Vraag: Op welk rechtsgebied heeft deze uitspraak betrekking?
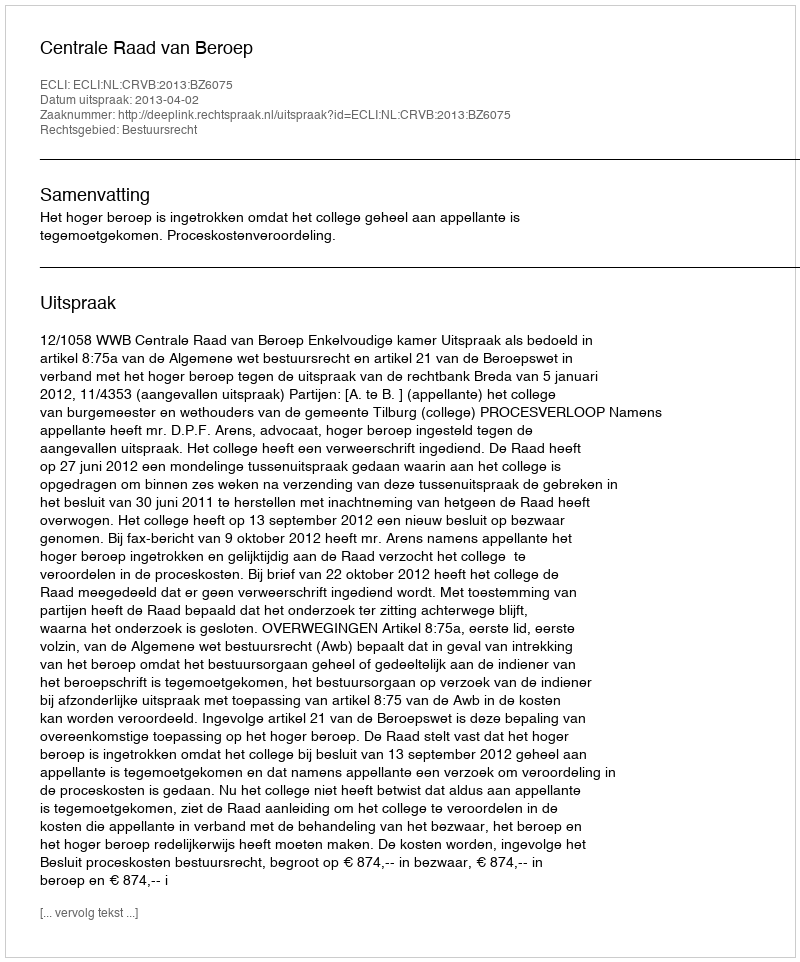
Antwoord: Bestuursrecht